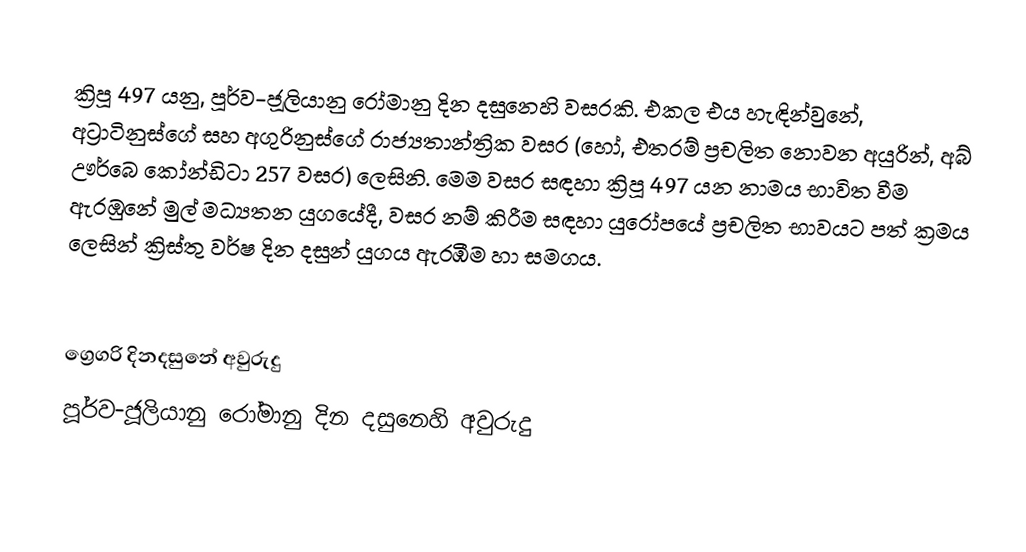

ක්‍රිපූ 497 යනු, පූර්ව-ජූලියානු රෝමානු දින දසුනෙහි වසරකි. එකල එය හැඳින්වුනේ, අට්‍රාටිනුස්ගේ සහ අගුරිනුස්ගේ රාජ්‍යතාන්ත්‍රික වසර (හෝ, එතරම් ප්‍රචලිත නොවන අයුරින්, අබ් ඌර්බෙ කෝන්ඩිටා 257 වසර) ලෙසිනි. මෙම වසර සඳහා ක්‍රිපූ 497 යන නාමය භාවිත වීම ඇරඹුනේ මුල්  මධ්‍යතන යුගයේදී, වසර නම් කිරීම සඳහා යුරෝපයේ ප්‍රචලිත භාවයට පත් ක්‍රමය ලෙසින් ක්‍රිස්තු වර්ෂ දින දසුන් යුගය ඇරඹීම හා සමගය.

ග්‍රෙගරි දිනදසුනේ අවුරුදු
පූර්ව-ජූලියානු රෝමානු දින දසුනෙහි අවුරුදු